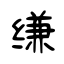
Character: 缣